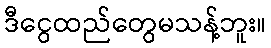
ဒီငွေထည်တွေမသန့်ဘူး။